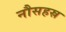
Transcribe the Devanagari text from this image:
नौसहस्र